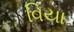
વિયા